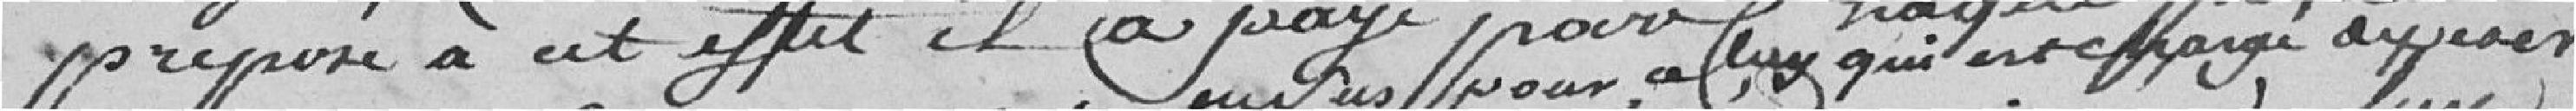
préposé à cet effet il a payé pour chaque pesée